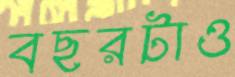
বছরটাও